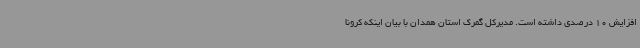
افزایش 10 درصدی داشته است. مدیرکل گمرک استان همدان با بیان اینکه کرونا